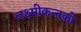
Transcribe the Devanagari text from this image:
लक्ष्मीकन्तको